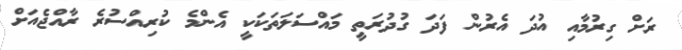
ރަށް ގިރުމާއި އުދަ އެރުން ފަދަ ގުދުރަތީ މައްސަލަތަކަކީ އެންމެ ކުރިއްސުރެ ރާއްޖެއަށް